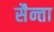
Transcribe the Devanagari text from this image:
सैन्ता